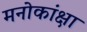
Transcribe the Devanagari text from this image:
मनोकांक्षा